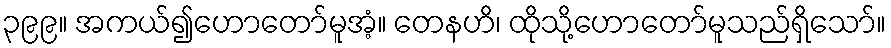
၃၉၉။ အကယ်၍ဟောတော်မူအံ့။ တေနဟိ၊ ထိုသို့ဟောတော်မူသည်ရှိသော်။